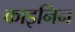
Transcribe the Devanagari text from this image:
काइनिन